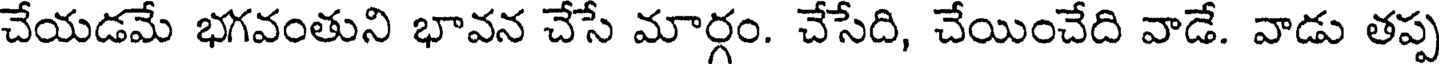
చేయడమే భగవంతుని భావన చేసే మార్గం. చేసేది, చేయించేది వాడే. వాడు తప్ప